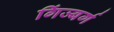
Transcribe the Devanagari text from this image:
गिंज्बर्ग